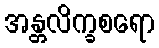
အန္တလိက္ခစရော